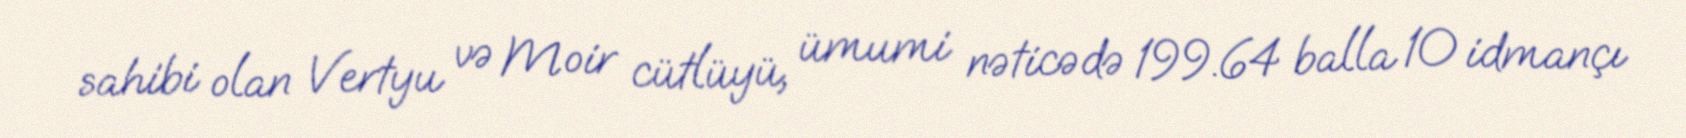
sahibi olan Vertyu və Moir cütlüyü, ümumi nəticədə 199.64 balla 10 idmançı